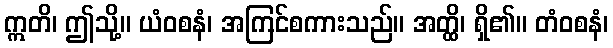
ဣတိ၊ ဤသို့။ ယံဝစနံ၊ အကြင်စကားသည်။ အတ္ထိ၊ ရှိ၏။ တံဝစနံ၊